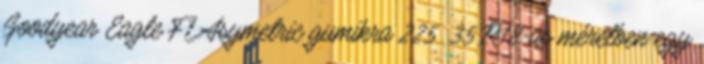
Goodyear Eagle F1 Asymetric gumikra 225 35 R18-as méretben egy